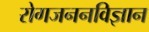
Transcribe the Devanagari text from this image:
रोगजननविज्ञान